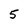
Character: 5